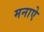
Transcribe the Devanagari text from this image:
मनाऐ